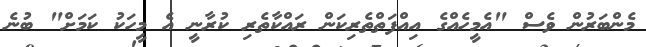
މެންބަރުން ވެސް "އެމީހެއްގެ އިއްފަތްތެރިކަން ރައްކާތެރި ކުރާނީ އެ މީހަކު ކަމަށް" ބުނެ